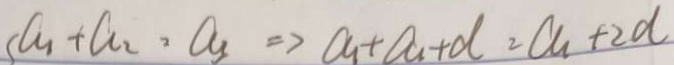
a _ { 1 } + a _ { 2 } 2 a _ { 3 } \Rightarrow a _ { 1 } + a _ { 1 } + d = a _ { 1 } + 2 d